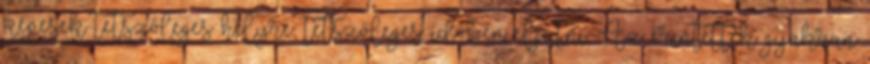
képesek tetszőleges helyre, tetszőleges időben eljutni. Az érintettek gyakran